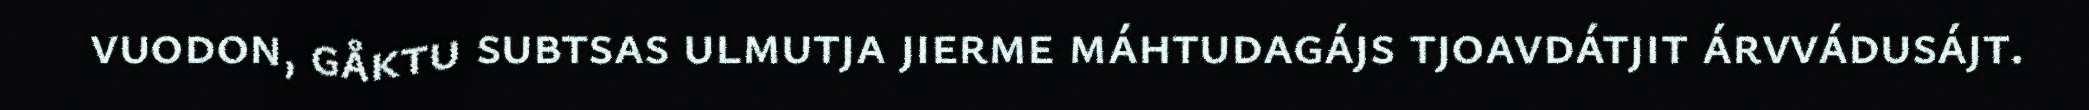
vuodon, gåktu subtsas ulmutja jierme máhtudagájs tjoavdátjit árvvádusájt.